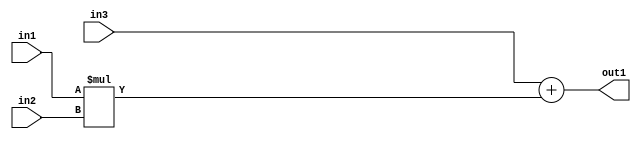
`timescale 1ps / 1ps
/*****************************************************************************
    Verilog RTL Description
    
    
    Created by: Stratus DpOpt 2019.1.01 
*******************************************************************************/

module st_weight_addr_gen_Add2Mul2u16u16u16_4_9 (
	in3,
	in2,
	in1,
	out1
	); /* architecture "behavioural" */ 
input [15:0] in3,
	in2,
	in1;
output [31:0] out1;
wire [31:0] asc001;

wire [31:0] asc001_tmp_0;
assign asc001_tmp_0 = 
	+(in3);
assign asc001 = asc001_tmp_0
	+(in1 * in2);

assign out1 = asc001;
endmodule

/* CADENCE  ubn1TgA= : u9/ySgnWtBlWxVPRXgAZ4Og= ** DO NOT EDIT THIS LINE ******/